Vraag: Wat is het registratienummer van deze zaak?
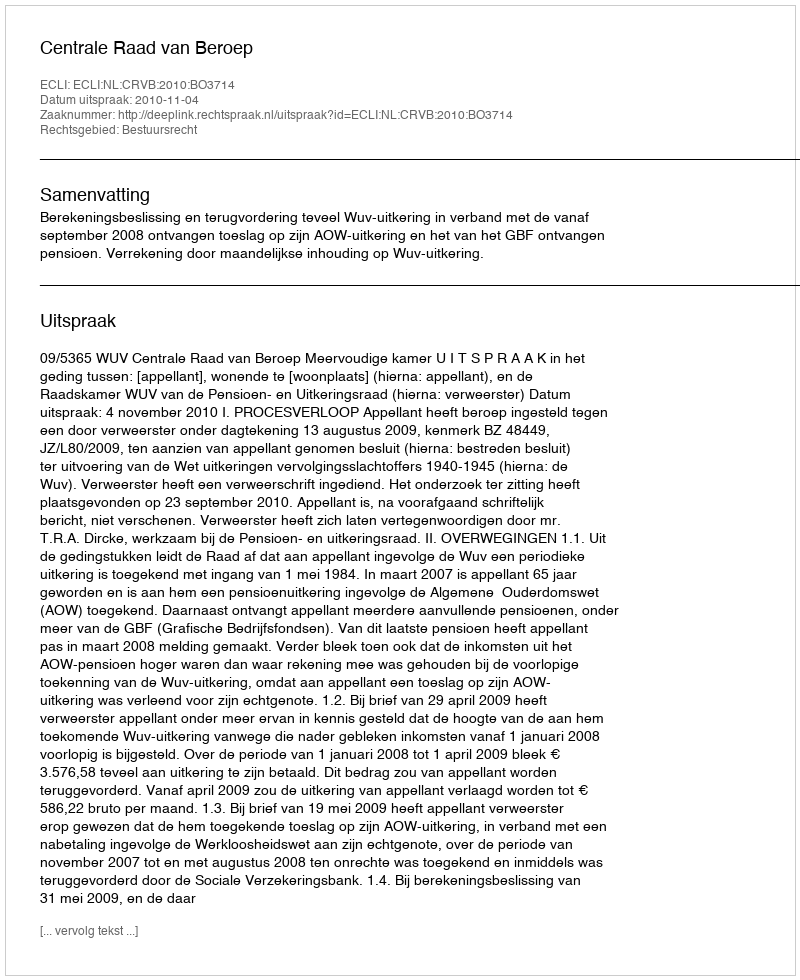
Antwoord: http://deeplink.rechtspraak.nl/uitspraak?id=ECLI:NL:CRVB:2010:BO3714